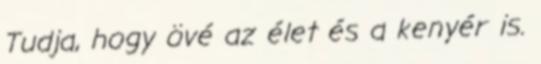
Tudja, hogy övé az élet és a kenyér is.